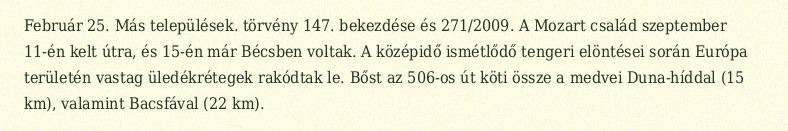
Február 25. Más települések. törvény 147. bekezdése és 271/2009. A Mozart család szeptember 11-én kelt útra, és 15-én már Bécsben voltak. A középidő ismétlődő tengeri elöntései során Európa területén vastag üledékrétegek rakódtak le. Bőst az 506-os út köti össze a medvei Duna-híddal (15 km), valamint Bacsfával (22 km).